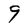
Character: 9